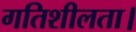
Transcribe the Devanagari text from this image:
गतिशीलता।